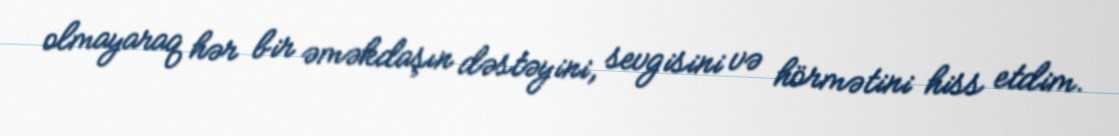
olmayaraq hər bir əməkdaşın dəstəyini, sevgisini və hörmətini hiss etdim.